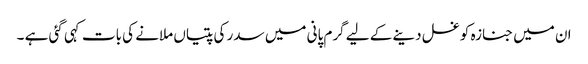
ان میں جنازہ کو غسل دینے کے لیے گرم پانی میں سدر کی پتیاں ملانے کی بات کہی گئی ہے ۔